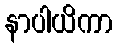
နာပါယိကာ